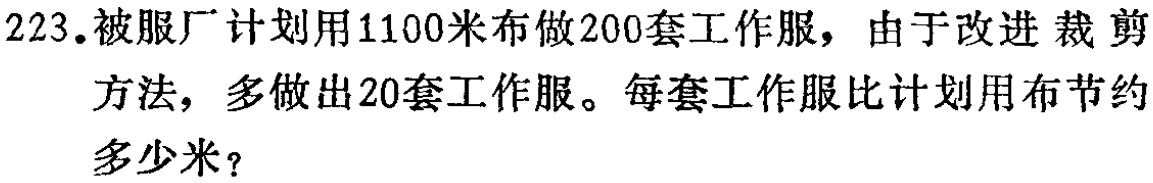
223. 被服厂计划用1100米布做200套工作服，由于改进裁剪
方法，多做出20套工作服。每套工作服比计划用布节约
多少米？